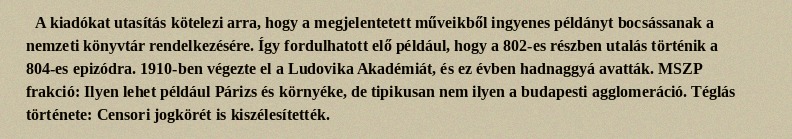
A kiadókat utasítás kötelezi arra, hogy a megjelentetett műveikből ingyenes példányt bocsássanak a nemzeti könyvtár rendelkezésére. Így fordulhatott elő például, hogy a 802-es részben utalás történik a 804-es epizódra. 1910-ben végezte el a Ludovika Akadémiát, és ez évben hadnaggyá avatták. MSZP frakció: Ilyen lehet például Párizs és környéke, de tipikusan nem ilyen a budapesti agglomeráció. Téglás története: Censori jogkörét is kiszélesítették.